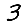
Digit: 3